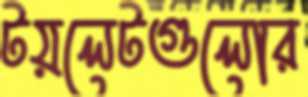
টয়লেটগুলোর